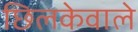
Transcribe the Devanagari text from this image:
छिलकेवाले